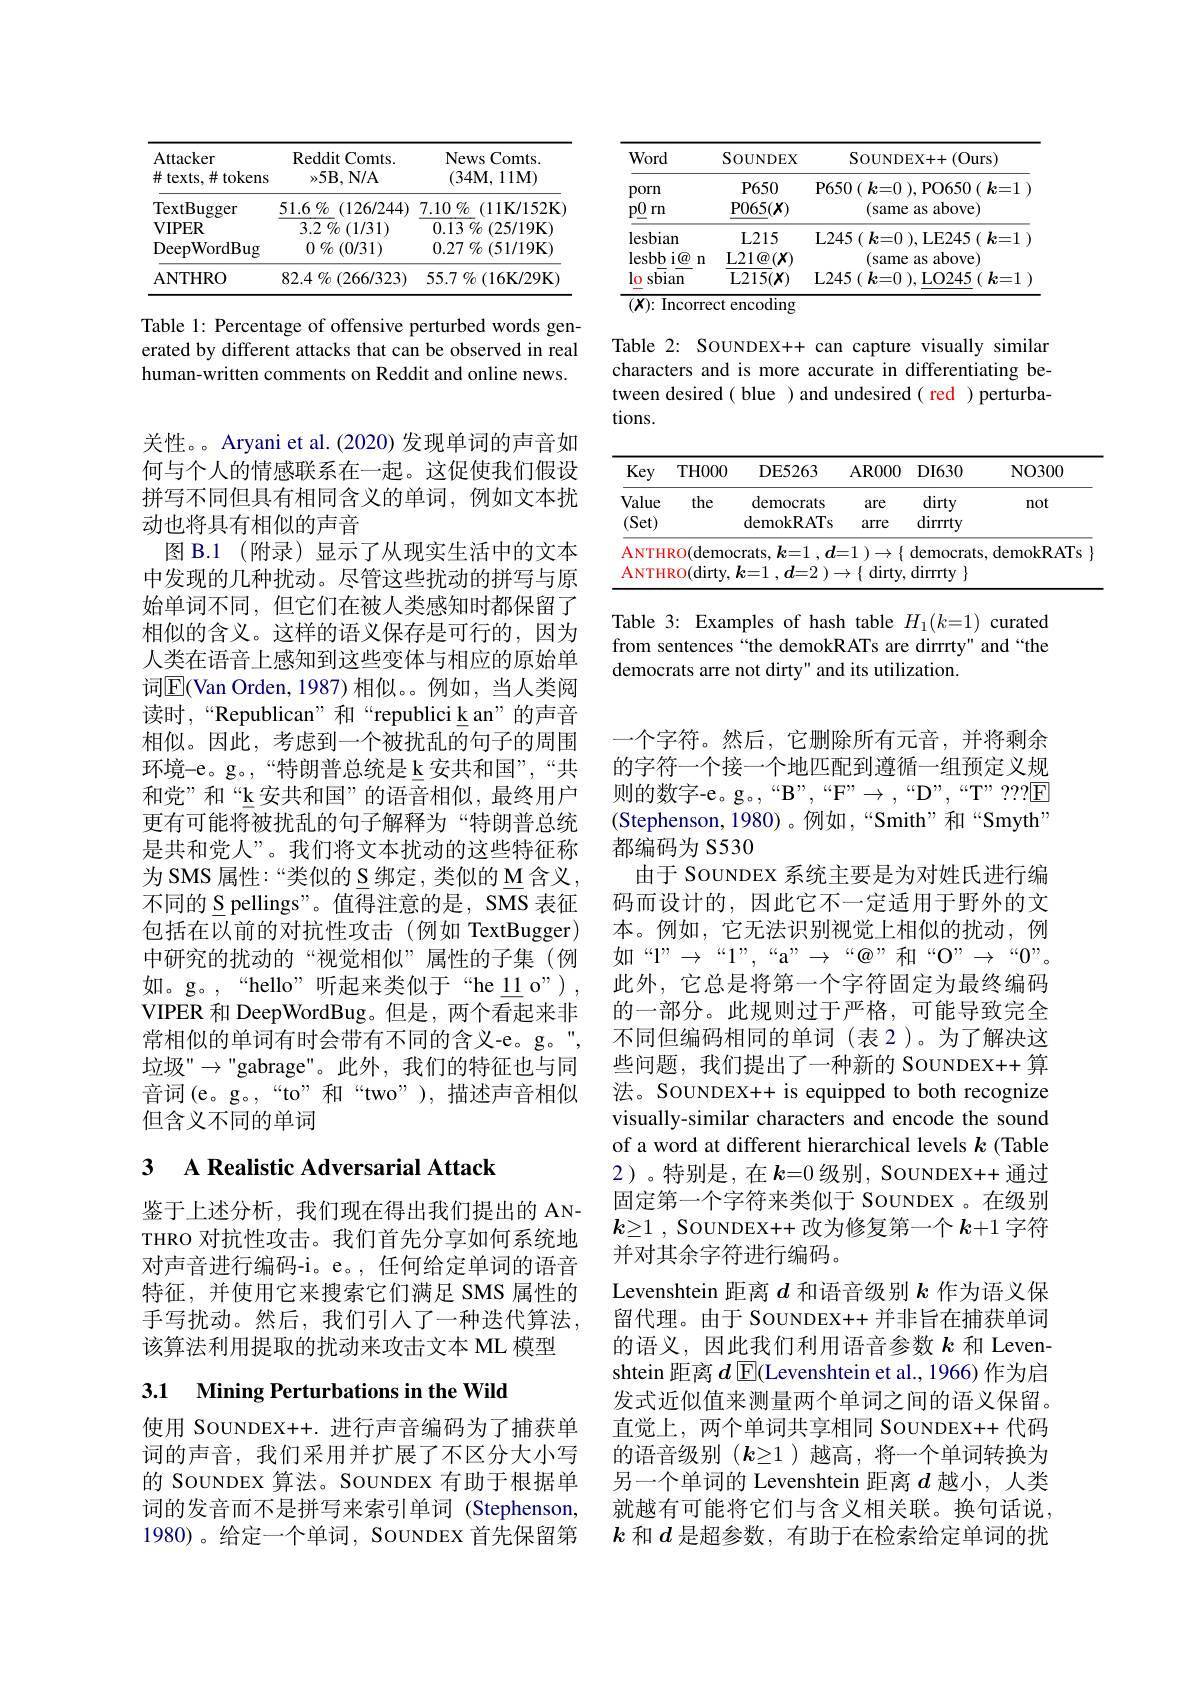
<table>
	<tbody>
		<tr>
			<th>Attacker $\#$ texts,并 tokens</th>
			<th>Reddit Comts. $\gg5\mathbf{B},\mathbf{N/A}$</th>
			<th>News Comts. 1 $(34\mathbf{M},11\mathbf{M})$</th>
		</tr>
		<tr>
			<td>$\operatorname{TextBugger}$</td>
			<td>$51.6\%$ (126/244) 2 1 </td>
			<td>7.10 $\%$ ( $(11\mathbf{V}152\mathbf{K}$</td>
		</tr>
		<tr>
			<td>$\mathbf{VIPER}$</td>
			<td>3.2 $\%$ (1/31)</td>
			<td>0.13 $\%$ (25/19K)</td>
		</tr>
		<tr>
			<td>${\mathrm{DeepWordBug}}$</td>
			<td>$0~\%~(0/31)$</td>
			<td>$0.27\%(51/19$K)</td>
		</tr>
		<tr>
			<td>ANTHRO</td>
			<td>$82.4\%(266/323)$</td>
			<td>$55.7\%(16$K/29K)</td>
		</tr>
	</tbody>
</table>

Table 1: Percentage of offensive perturbed words generated by different attacks that can be observed in real human-written comments on Reddit and online news.

关性。。Aryani et al.(2020)发现单词的声音如何与个人的情感联系在一起。这促使我们假设拼写不同但具有相同含义的单词，例如文本扰动也将具有相似的声音
图 B.1 (附录)显示了从现实生活中的文本中发现的几种扰动。尽管这些扰动的拼写与原始单词不同，但它们在被人类感知时都保留了相似的含义。这样的语义保存是可行的，因为人类在语音上感知到这些变体与相应的原始单词$\boxed{\mathrm{E}}($Van Orden,1987)相似。例如，当人类阅读时，“Republican”和“republici k an”的声音相似。因此，考虑到一个被扰乱的句子的周围环境-e。g。,“特朗普总统是 k 安共和国”,“共和党”和“k 安共和国”的语音相似，最终用户更有可能将被扰乱的句子解释为“特朗普总统是共和党人”。我们将文本扰动的这些特征称为 SMS 属性：“类似的 S 绑定，类似的 M 含义不同的 S pellings"。值得注意的是，SMS 表征包括在以前的对抗性攻击(例如 TextBugger) 中研究的扰动的“视觉相似”属性的子集(例如。g。,“hello”听起来类似于“he\_11o"), VIPER 和 DeepWordBug。但是，两个看起来非常相似的单词有时会带有不同的含义-e。g。" 垃圾" "gabrage"。此外，我们的特征也与同音词(e。g。,“to”和“two”),描述声音相似但含义不同的单词

## 3 $\textbf{A Realistic Adversarial Attack}$

鉴于上述分析，我们现在得出我们提出的 ANTHRO 对抗性攻击。我们首先分享如何系统地对声音进行编码-i。e。, 任何给定单词的语音特征，并使用它来搜索它们满足 SMS 属性的手写扰动。然后，我们引人了一种迭代算法， 该算法利用提取的扰动来攻击文本 ML 模型

# 3.1 Mining Perturbations in the Wild

使用 SouNDEX+.进行声音编码为了捕获单词的声音，我们采用并扩展了不区分大小写的 SouNDEX 算法。SouNDEX 有助于根据单词的发音而不是拼写来索引单词 (Stephenson, 1980)。给定一个单词，SouNDEX 首先保留第

<table>
	<tbody>
		<tr>
			<th>Word</th>
			<th>$\operatorname{SOUNDEX}$</th>
			<th>SouNDEX+ + ( Ours) </th>
		</tr>
		<tr>
			<td>porn $p\underline{0}$ $rn$</td>
			<td>$P650$ $\underline{\mathbf{P}065}(X)$</td>
			<td>P650 ( k= 0 ) , PO650 ( k= 1 ) (same as above)</td>
		</tr>
		<tr>
			<td>lesbian</td>
			<td>$L215$</td>
			<td>L245$( \boldsymbol{k= 0}) $,LE245$(\boldsymbol{k=1}$</td>
		</tr>
		<tr>
			<td>lesbbi@ n</td>
			<td>$\mathbf{L} 21\textcircled {a}( x)$</td>
			<td>(same as above)</td>
		</tr>
		<tr>
			<td>lo sbian</td>
			<td>L215$( x)$</td>
			<td>L245$\left ( \boldsymbol{k= 0}\right ) $,LO245$\left ( \boldsymbol{k= 1}\right .$</td>
		</tr>
	</tbody>
</table>
encoding

Table 2: SOUNDEX++ can capture visually similar characters and is more accurate in differentiating between desired( blue ) and undesired( red ) perturbations.

<table>
	<tbody>
		<tr>
			<th>Key</th>
			<th>THOOO</th>
			<th>DE5263</th>
			<th>${\mathrm{AROO}}$</th>
			<th>$DI630$</th>
			<th>NO300</th>
		</tr>
		<tr>
			<td>Value (Set)</td>
			<td>the</td>
			<td>democrats demokRATs</td>
			<td>are arre</td>
			<td>dirty dirrty</td>
			<td>not</td>
		</tr>
		<tr>
			<td>$(\mathbf{Del})$ 4 4 $ANTH$ $\mathbf{ANTH}$</td>
			<td>$\operatorname{RO}(\operatorname{demo}$ $\operatorname{RO}($dirty,</td>
			<td>UCIIIOKAIS ${\mathrm{crats,~}k=1},d$ $k{= }1$ , $d{= }2$ 1</td>
			<td>${\mathrm{drre}}$ =1 $) \rightarrow \{$ , $dirty.$ T -</td>
			<td>$\operatorname{amrrty}$ democrats dirrty</td>
			<td>demokRATs</td>
		</tr>
	</tbody>
</table>

Table 3: Examples of hash table $H_1(k=1)$ curated from sentences “the demokRATs are dirrrty" and“the democrats arre not dirty" and its utilization.

一个字符。然后，它删除所有元音，并将剩余的字符一个接一个地匹配到遵循一组预定义规则的数字-e。g。,“B””,“F”$\rightarrow,“D”,“T””??2\boxed{\mathrm{F}}$ (Stephenson,1980)。例如，“Smith”和“Smyth” 都编码为 S530
由于 SOUNDEX 系统主要是为对姓氏进行编码而设计的，因此它不一定适用于野外的文本。例如，它无法识别视觉上相似的扰动，例如“1”$\to$“1”,“a”$\to$“@”和“O”$\to$“0”。此外，它总是将第一个字符固定为最终编码的一部分。此规则过于严格，可能导致完全不同但编码相同的单词(表2)。为了解决这些问题，我们提出了一种新的 SouNDEX+ 算法。SOUNDEX++ is equipped to both recognize visually-similar characters and encode the sound of a word at different hierarchical levels $k$ (Table 2)。特别是，在$\boldsymbol k=0$级别，SouNDEX++ 通过固定第一个字符来类似于 SouNDEX 。在级别$k\geq 1$ , ${\mathrm{SouNDEX+ + }}$改为修复第一个$k+1$字符并对其余字符进行编码。
Levenshtein 距离$d$和语音级别$k$作为语义保留代理。由于 SouNDEX++ 并非旨在捕获单词的语义，因此我们利用语音参数$k$和 Levenshtein 距离$d\operatorname{E}($Levenshtein et al., 1966) 作为启发式近似值来测量两个单词之间的语义保留。直觉上，两个单词共享相同 SouNDEX++ 代码的语音级别(k$\geq1)越高，将一个单词转换为$ 另一个单词的 Levenshtein 距离$d$越小，人类就越有可能将它们与含义相关联。换句话说， $k$和$d$是超参数，有助于在检索给定单词的扰